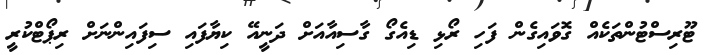
ޓޫރިސްޓުންތަކެއް ގޮވައިގެން ފަހި ރޯޅި ޑިއެގޯ ގާސިއާއަށް ދަނީއޭ ކިޔާފައި ސިފައިންނަށް ރިޕޯޓްކުރީ